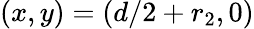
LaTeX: (x,y)=(d/2+r_{2},0)